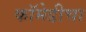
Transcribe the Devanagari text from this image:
कॉमेडीचा